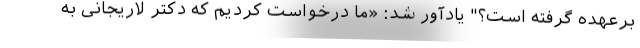
برعهده گرفته است؟" یادآور شد: «ما درخواست کردیم که دکتر لاریجانی به